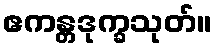
ဧကန္တဒုက္ခသုတ်။